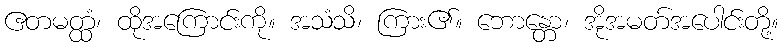
ဧတမတ္ထံ၊ ထိုအကြောင်းကို။ အသံသိ၊ ကြား၏။ ဘောန္တော၊ အိုအမတ်အပေါင်းတို့။